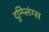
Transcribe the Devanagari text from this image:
दुम्प्लिंग्स